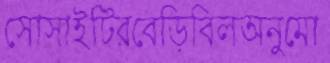
সোসাইটিরবেড়িবিলঅনুমো